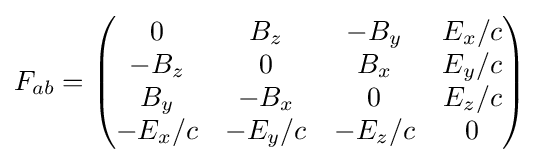
F_{ab}=\left({\begin{matrix}0&B_{z}&-B_{y}&E_{x}/c\\-B_{z}&0&B_{x}&E_{y}/c\\B_{y}&-B_{x}&0&E_{z}/c\\-E_{x}/c&-E_{y}/c&-E_{z}/c&0\end{matrix}}\right)